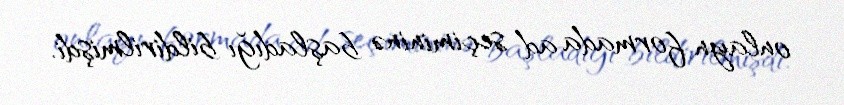
onlayn formada ad seçimininə başladığı bildirilmişdi.